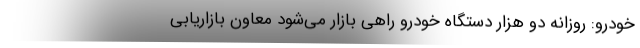
خودرو: روزانه دو هزار دستگاه خودرو راهی بازار می‌شود معاون بازاریابی